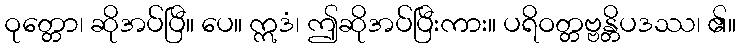
ဝုတ္တော၊ ဆိုအပ်ပြီ။ ပေ။ ဣဒံ၊ ဤဆိုအပ်ပြီးကား။ ပရိဝတ္တဗ္ဗန္တိပဒဿ၊ ၏။